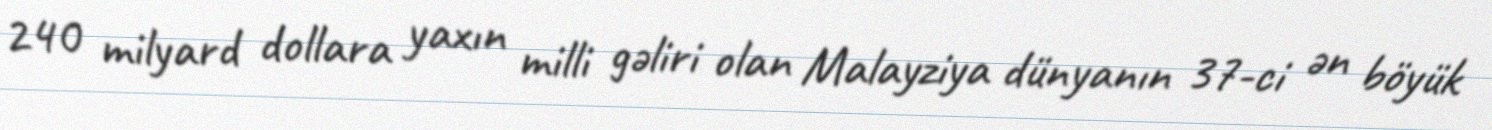
240 milyard dollara yaxın milli gəliri olan Malayziya dünyanın 37-ci ən böyük